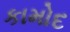
કામોદ